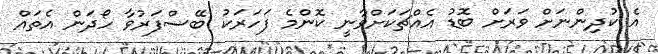
އެ ކުދިންނަށް ވަރަށް ބޮޑު އެއްޗަކަށްވާނީ ކޮންމެ ފަހަރަކު ބޭސްފަރުވާ ހޯދަން އެތައް